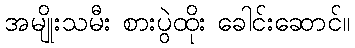
အမျိုးသမီး စားပွဲထိုး ခေါင်းဆောင်။